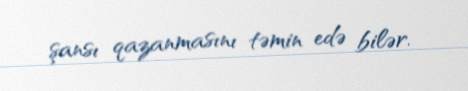
şansı qazanmasını təmin edə bilər.